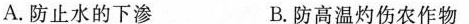
A.防止水的下渗 B.防高温灼伤农作物